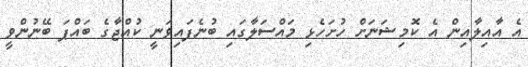
އެ އާއިލާއިން އެ ކޮމިޝަނަށް ހުށަހެޅި މައްސަލާގައި ބުނެފައިވަނީ ކުއްޖާގެ ބައްޕަ ބޭނުންވީ